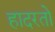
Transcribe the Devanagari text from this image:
हादरतो